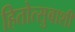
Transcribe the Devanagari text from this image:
हितोत्सुबाशी